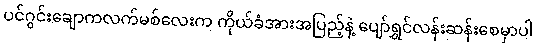
ပင်ဂွင်းချောကလက်မစ်လေးက ကိုယ်ခံအားအပြည့်နဲ့ ပျော်ရွှင်လန်းဆန်းစေမှာပါ